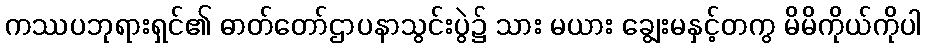
ကဿပဘုရားရှင်၏ ဓာတ်တော်ဌာပနာသွင်းပွဲ၌ သား မယား ချွေးမနှင့်တကွ မိမိကိုယ်ကိုပါ